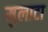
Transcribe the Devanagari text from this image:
मुलाटा